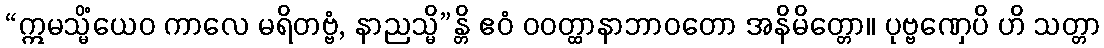
“ဣမသ္မိံယေဝ ကာလေ မရိတဗ္ဗံ, နာညသ္မိ”န္တိ ဧဝံ ဝဝတ္ထာနာဘာဝတော အနိမိတ္တော။ ပုဗ္ဗဏှေပိ ဟိ သတ္တာ